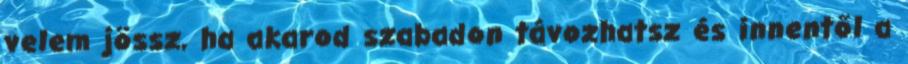
velem jössz, ha akarod szabadon távozhatsz és innentől a